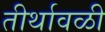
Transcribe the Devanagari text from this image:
तीर्थावळी